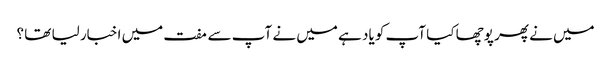
میں نے پھر پوچھا کیا آپ کو یاد ہے میں نے آپ سے مفت میں اخبار لیا تھا ؟